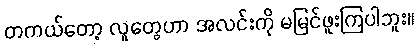
တကယ်တော့ လူတွေဟာ အလင်းကို မမြင်ဖူးကြပါဘူး။